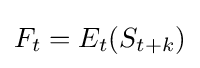
F_{t}=E_{t}(S_{t+k})